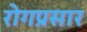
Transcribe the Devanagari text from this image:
रोगप्रसार